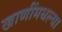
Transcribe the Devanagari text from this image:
खाणींमधल्या